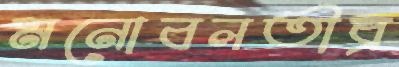
মনোবলতীব্র